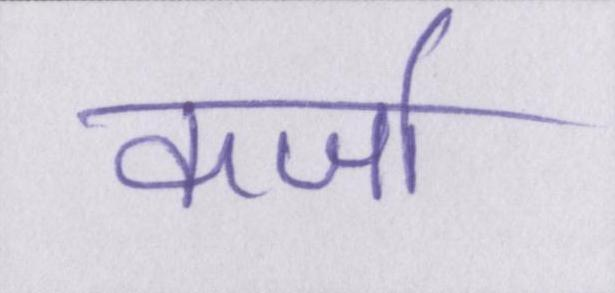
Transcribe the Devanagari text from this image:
कर्जा